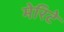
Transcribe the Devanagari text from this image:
मेरिटे